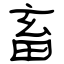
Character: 畜